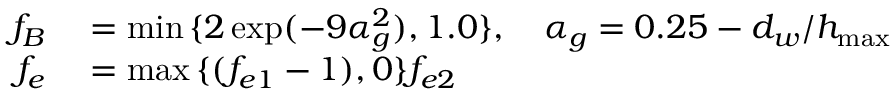
\begin{array} { r l } { f _ { B } } & { { } = \operatorname* { m i n } { \{ 2 \exp ( - 9 \alpha _ { g } ^ { 2 } ) , 1 . 0 \} } , \ \ \ \alpha _ { g } = 0 . 2 5 - d _ { w } / h _ { \operatorname* { m a x } } } \\ { f _ { e } } & { { } = \operatorname* { m a x } { \{ ( f _ { e 1 } - 1 ) , 0 \} } f _ { e 2 } } \end{array}